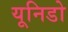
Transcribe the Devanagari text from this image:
यूनिडो